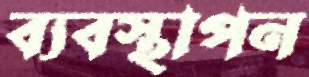
ব্যবস্থাপন